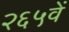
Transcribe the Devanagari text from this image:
२६५वें